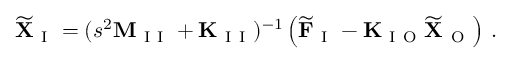
\widetilde { \mathbf { X } } _ { \mathrm { ~ I ~ } } = ( s ^ { 2 } \mathbf { M } _ { \mathrm { ~ I ~ I ~ } } + \mathbf { K } _ { \mathrm { ~ I ~ I ~ } } ) ^ { - 1 } \left( \widetilde { \mathbf { F } } _ { \mathrm { ~ I ~ } } - \mathbf { K } _ { \mathrm { ~ I ~ O ~ } } \widetilde { \mathbf { X } } _ { \mathrm { ~ O ~ } } \right) \, .